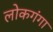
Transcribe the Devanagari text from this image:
लोकगंगा